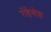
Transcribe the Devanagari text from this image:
रोंड़ेबोश